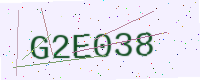
Text: G2E038